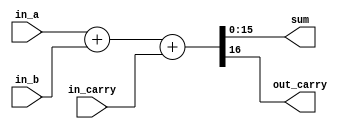
module adderGenerator #(parameter WIDTH = 16) (
    input [WIDTH -1 : 0] in_a, 
    input [WIDTH -1 : 0] in_b, 
    input in_carry,
    output [WIDTH - 1 : 0] sum,
    output out_carry 
    );
    assign {out_carry, sum} = in_a + in_b + in_carry;
endmodule

module adder2Stage(
    input clock,
    input reset,
    input [31:0] in_1,
    input [31:0] in_2, 
    output [32:0] out_sum
    // output out_carry
);

// parameter WIDTH = 32;

// stage 1  steps --- 
// adder0 adds 15:0 and generates carry0
// pipeline_reg delays 31:16 for in_a and in_b
// sum0 gets stored in pipeline_reg

reg [15:0] pipeline_reg_in_1;
reg [15:0] pipeline_reg_in_2;
reg pipeline_reg_cout0;

reg[32:0] buffer_out_sum;

wire [15:0] sum0;
wire carry0;

adderGenerator adder0 (in_1[15:0], in_2[15:0], 1'b0, sum0, carry0);

always @(posedge clock) begin
    if (reset) begin
        pipeline_reg_in_1 <= 0;
        pipeline_reg_in_2 <= 0;        
        pipeline_reg_cout0 <= 0;
    end

    else begin
        pipeline_reg_in_1 <= in_1[31:16];
        pipeline_reg_in_2 <= in_2[31:16];
        pipeline_reg_cout0 <= carry0;
    end    
end

// stage 1 compelte,,, 
// stage 2 of adder - pipeline sum0 from adder0

reg [15:0] pipeline_sum0;
wire[16:0] sum1;
// wire carry1;

adderGenerator adder1 (pipeline_reg_in_1, pipeline_reg_in_2, pipeline_reg_cout0, sum1[15:0], sum1[16]);

always @(posedge clock) begin
    if (reset) begin
        pipeline_sum0 <= 0;
        
    end
    else begin        
        pipeline_sum0 <= sum0; 
        buffer_out_sum <= {sum1, pipeline_sum0}   ;
    end
end

assign out_sum = buffer_out_sum;
// assign out_sum[32] = carry1;
    
endmodule